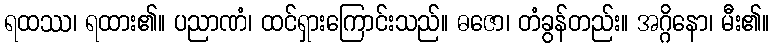
ရထဿ၊ ရထား၏။ ပညာဏံ၊ ထင်ရှားကြောင်းသည်။ ဓဇော၊ တံခွန်တည်း။ အဂ္ဂိနော၊ မီး၏။